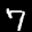
Label: 7